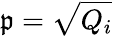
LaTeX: {\mathfrak{p}}={\sqrt{Q_{i}}}